Vaccination in the Punjab 1919-1929 - 1919-1929
Year: 1919
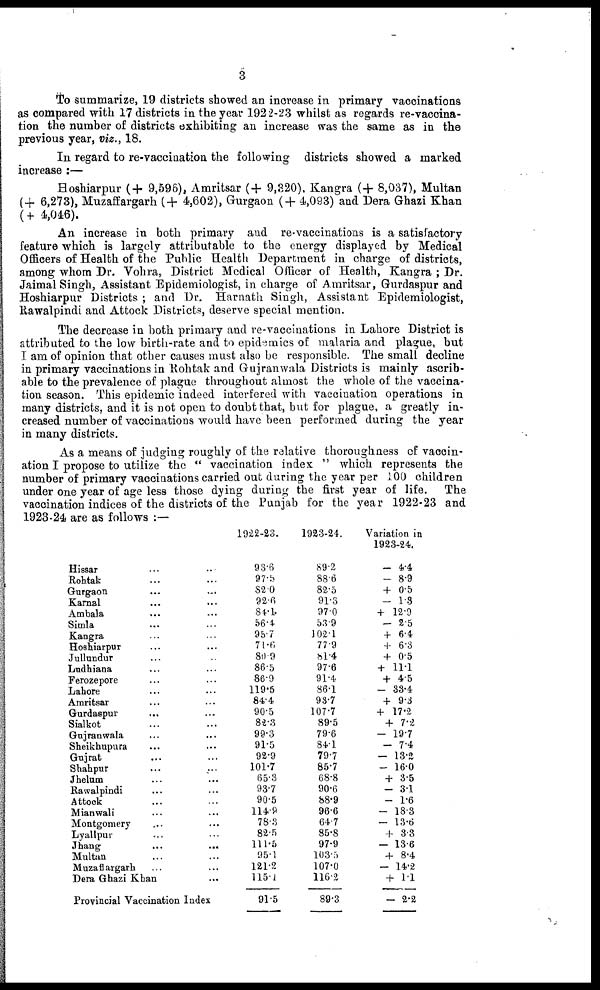
3
To summarize, 19 districts showed an increase in primary vaccinations
as compared with 17 districts in the year 1922-23 whilst as regards re-vaccina-
tion the number of districts exhibiting an increase was the same as in the
previous year, viz., 18.
In regard to re-vaccination the following districts showed a marked
increase :—
Hoshiarpur (+ 9,596), Amritsar (+ 9,320), Kangra (+ 8,037), Multan
(+ 6,273), Muzaffargarh (+ 4,602), Gurgaon (+ 4,093) and Dera Ghazi Khan
(+ 4,046).
An increase in both primary and re-vaccinations is a satisfactory
feature which is largely attributable to the energy displayed by Medical
Officers of Health of the Public Health Department in charge of districts,
among whom Dr. Vohra, District Medical Officer of Health, Kangra ; Dr.
Jaimal Singh, Assistant Epidemiologist, in charge of Amritsar, Gurdaspur and
Hoshiarpur Districts ; and Dr. Harnath Singh, Assistant Epidemiologist,
Rawalpindi and Attock Districts, deserve special mention.
The decrease in both primary and re-vaccinations in Lahore District is
attributed to the low birth-rate and to epidemics of malaria and plague, but
I am of opinion that other causes must also be responsible. The small decline
in primary vaccinations in Rohtak and Gujranwala Districts is mainly ascrib¬
able to the prevalence of plague throughout almost the whole of the vaccina-
tion season. This epidemic indeed interfered with vaccination operations in
many districts, and it is not open to doubt that, but for plague, a greatly in-
creased number of vaccinations would have been performed during the year
in many districts.
As a means of judging roughly of the relative thoroughness of vaccin-
ation I propose to utilize the " vaccination index " which represents the
number of primary vaccinations carried out during the year per 100 children
under one year of age less those dying during the first year of life.
The
vaccination indices of the districts of the Punjab for the year 1922-23 and
1923-24 are as follows :—
Hissar ... ...
Rohtak ... ...
Gurgaon ... ...
Karnal ... ...
Ambala ... ...
Simla ... ...
Kangra ... ...
Hoshiarpur ... ...
Jullundur ... ...
Ludhiana ... ...
Ferozepore ... ...
Lahore ... ...
Amritsar ... ...
Gurdaspur ... ...
Sialkot ... ...
Gujranwala ... ...
Sheikhupura ... ...
Gujrat ... ...
Shahpur ... ...
Jhelum ... ...
Rawalpindi ... ...
Attock ... ...
Mianwali ... ...
Montgomery ... ...
Lyallpur ... ...
Jhang
...
...
Multan ... ...
Muzaffargarh ... ...
Dera Ghazi Khan ...
Provincial Vaccination Index
1922-23.
93.6
97.5
82.0
92.6
84.4
56.4.
95.7
71.6.
80.9
86.5
86.9
119.5
84.4
90.5
82.3
99.3
91.5
92.9
101.7
65.3
93.7
90.5
114.9
78.3
82.5
111.5
95.1
121.2
115.1
91.5
1923-24.
89.2
88.6
82.5
91.3
97.0
53.9
102.1
77.9
81.4
97.6
91.4
86.1
93.7
107.7
89.5
79.6
84.1
79.7
85.7
68.8
90.6
88.9
96.6
64.7
85.8
97.9
103.5
107.0
116.2
89.3
Variation in
1923-24.
- 4.4
- 8.9
+ 0.5
- 1.3
+ 12.9
- 2.5
+ 6.4
+ 6.3
+ 0.5
+ 11.1
+ 4.5
- 33.4
+ 9.3
+ 17.2
+ 7.2
- 19.7
- 7.4
- 13.2
- 16.0
+ 3.5
- 3.1
- 1.6
- 18.3
- 13.6
+ 3.3
- 13.6
+ 8.4
- 14.2
+ 1.1
- 2.2